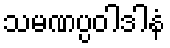
သမဏပ္ပဝါဒါနံ